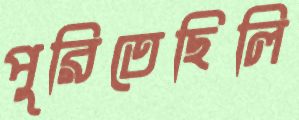
পুরিতেছিলি